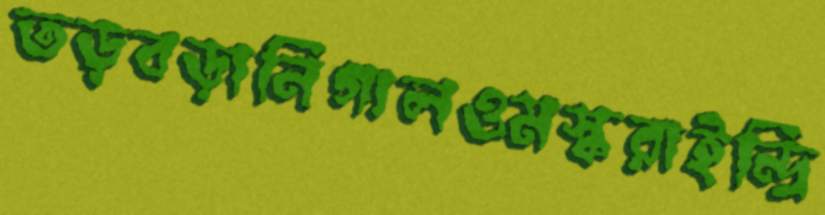
তড়বড়ানিগালওমস্করাইন্দ্রি